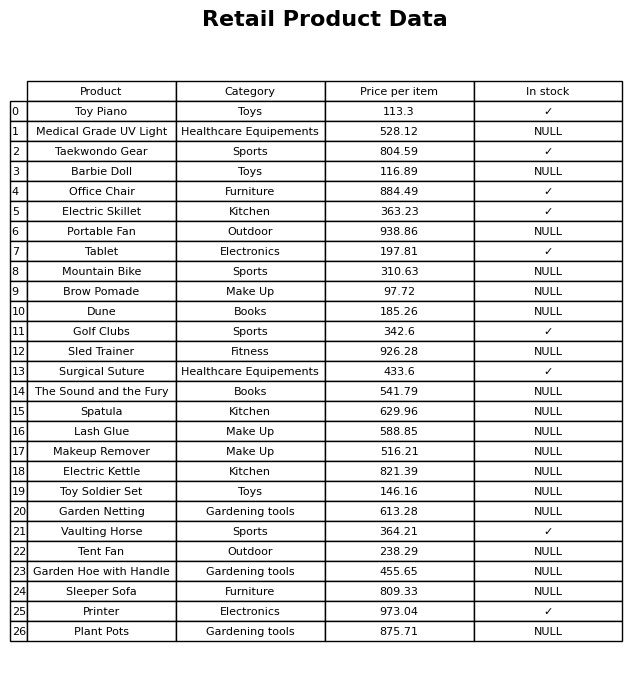
question: What is the price of the Portable Fan?
answer: The price of Portable Fan is 938.86.